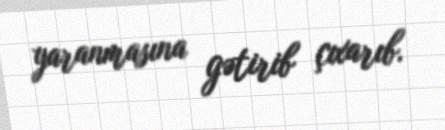
yaranmasına gətirib çıxarıb.